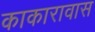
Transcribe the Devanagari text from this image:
काकारावास